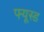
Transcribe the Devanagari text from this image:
फ्यूस्ड